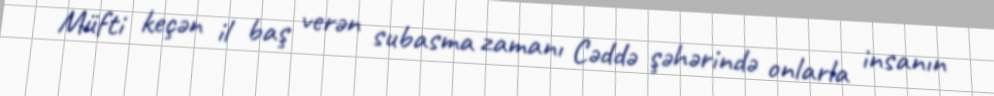
Müfti keçən il baş verən subasma zamanı Cəddə şəhərində onlarla insanın